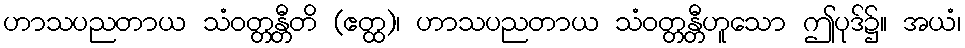
ဟာသပညတာယ သံဝတ္တန္တီတိ (ဧတ္ထ)၊ ဟာသပညတာယ သံဝတ္တန္တီဟူသော ဤပုဒ်၌။ အယံ၊